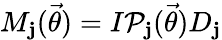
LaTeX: M_{\mathbf{j}}(\vec{{\theta}})=I\mathcal{{P}}_{\mathbf{j}}(\vec{{\theta}})D_{\mathbf{j}}